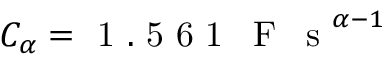
C _ { \alpha } = \mathrm { ~ 1 ~ . ~ 5 ~ 6 ~ 1 ~ \, ~ F ~ \, ~ s ~ } ^ { \alpha - 1 }